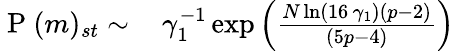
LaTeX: \begin{array}{rl}{\mathrm{~P~}(m)_{st}\sim\, }&{{}\gamma_{1}^{-1}\exp\left({\frac{N\ln\left(16\, \gamma_{1}\right)\left(p-2\right)}{\left(5p-4\right)}}\right)}\end{array}